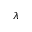
\lambda